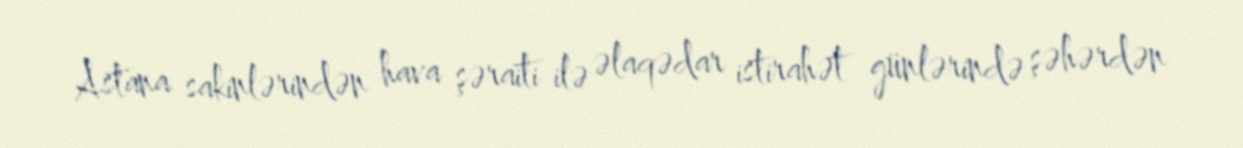
Astana sakinlərindən hava şəraiti ilə əlaqədar istirahət günlərində şəhərdən